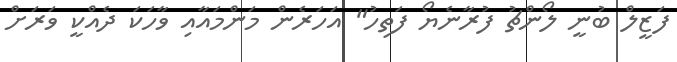
ފަޒީލް ބުނީ ލޯންޗު ފުރާނެޔޯ ފަތިހު" އަހަރެން މަންމައާއި ވާހަކަ ދެއްކީ ވަރަށް